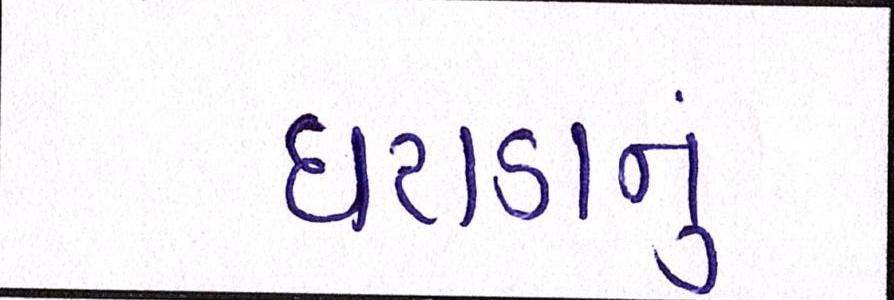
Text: ઘટાડાનું